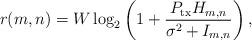
LaTeX: \begin{align*}r(m,n) = W\log_2\left(1 + \frac{P_{\mathrm{tx}}H_{m,n}}{\sigma^2 + I_{m,n}}\right),\end{align*}